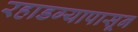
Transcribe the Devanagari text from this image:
रहाडग्यापासून